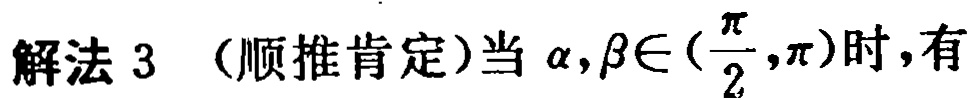
解法 3 （顺推肯定）当\(\alpha,\beta\in(\frac{\pi}{2},\pi)\)时，有